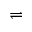
\rightleftharpoons